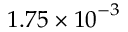
1 . 7 5 \times { { 1 0 } ^ { - 3 } }